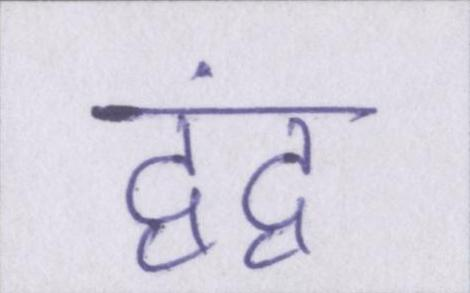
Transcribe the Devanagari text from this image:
द्वंद्व